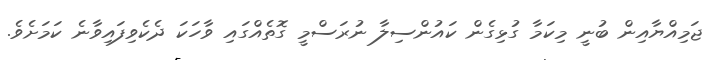
ޖަމިއްޔާއިން ބުނީ މިކަމާ ގުޅިގެން ކައުންސިލާ ނުރަސްމީ ގޮތެއްގައި ވާހަކަ ދެކެވިފައިވާނެ ކަމަށެވެ.